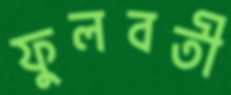
ফুলবতী